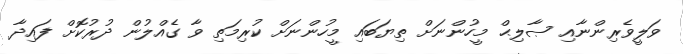
ވަލީވެރިންނާއި ޞާލިޙް މީހުންނަށް ތިޔަބައި މީހުންނަށް ކުރިމަތި ވާ ގެއްލުން ދުރުކޮށް ފައިދާ